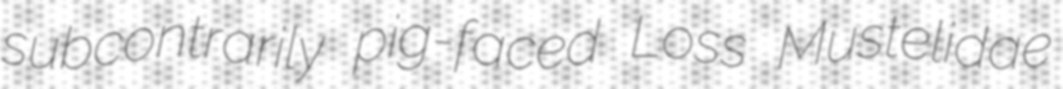
subcontrarily pig-faced Loss Mustelidae